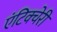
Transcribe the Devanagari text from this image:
एंटिक्चेरी